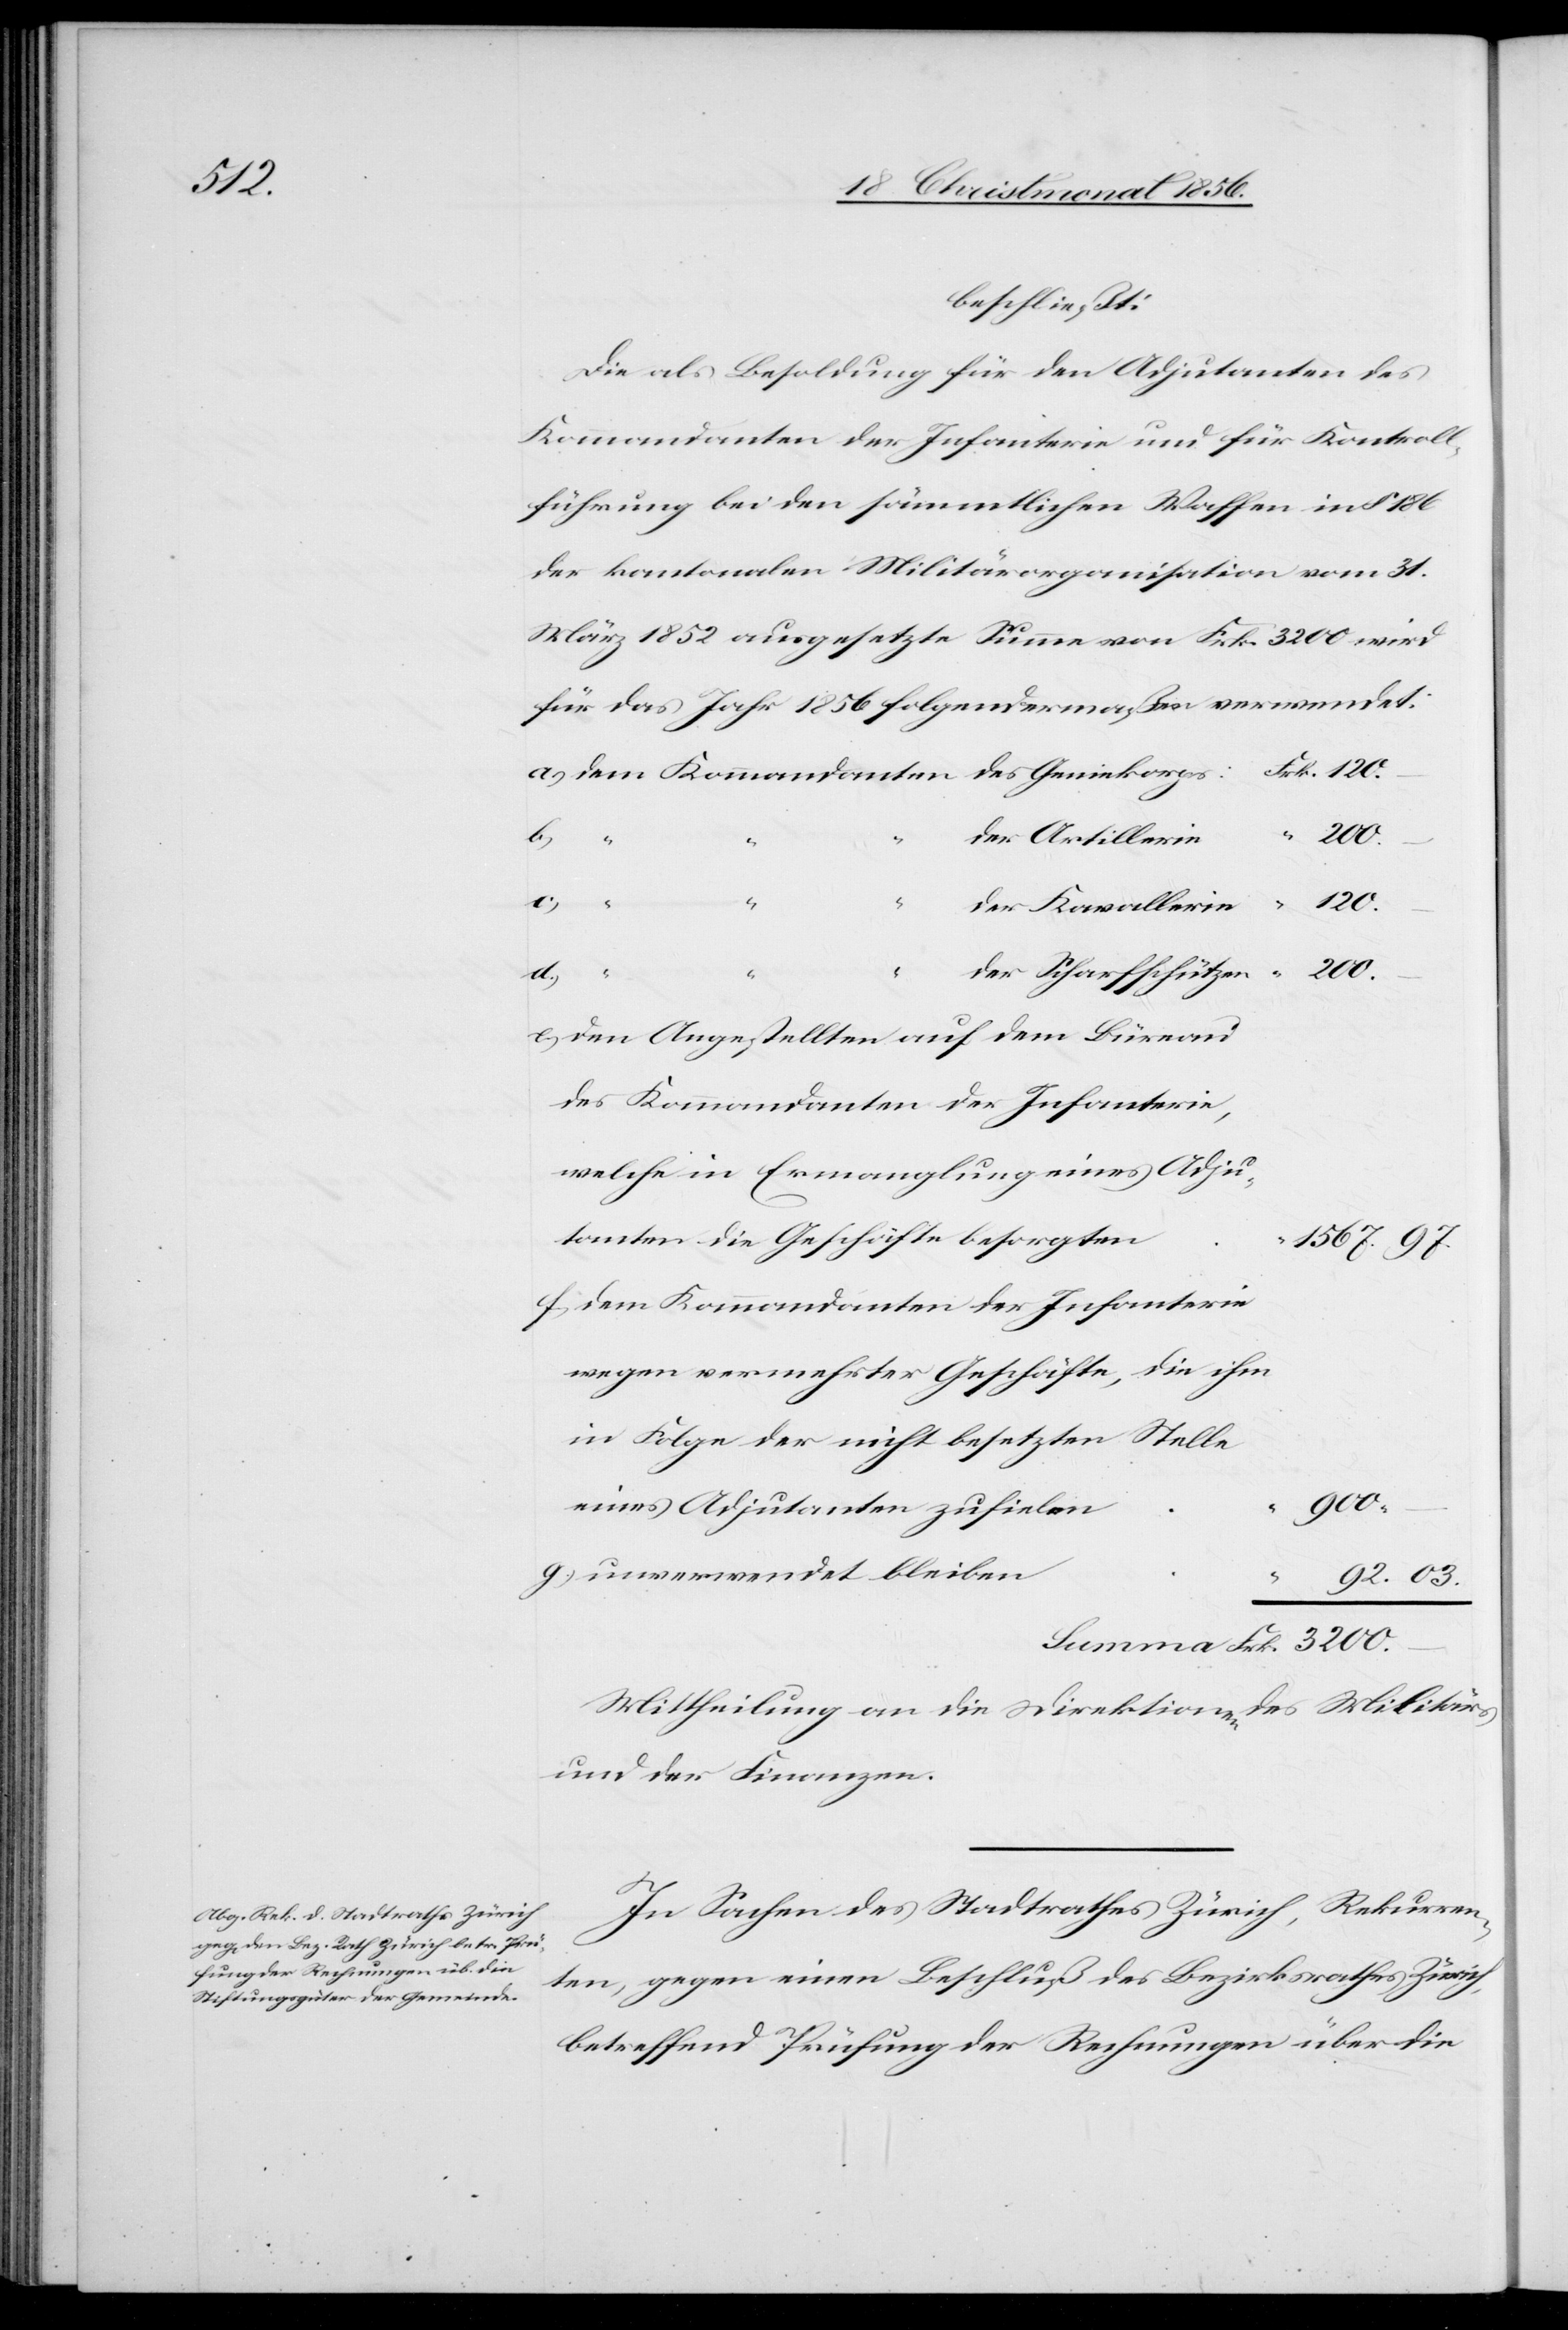
3200.

beschließt:
Die als Besoldung für den Adjutanten des
Kommandanten der Infanterie und für Kontroll¬
führung bei den sämmtlichen Waffen in § 186
der kantonalen Militärorganisation vom 31.
März 1852 ausgesetzte Summe von Frk. 3200 wird
für das Jahr 1856 folgendermaßen verwendet:
der Artillerie
200.
Frk.
Summa
“
92.
03.
der Kawallerie
der Scharfschützen
den Angestellten auf dem Büreau
dem Kommandanten der Infanterie
welche in Ermanglung eines Adju¬
tanten die Geschäfte besorgten
wegen vermehrter Geschäfte, die ihm
in Folge der nicht besetzten Stelle
eines Adjutanten zufielen
900.
unverwendet bleiben
Mittheilung an die Direktionen des Militärs
und der Finanzen.
In Sachen des Stadtrathes Zürich, Rekurren¬
ten, gegen einen Beschluß des Bezirksrathes Zürich,
betreffend Prüfung der Rechnungen über die